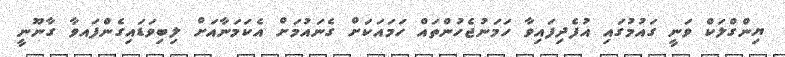
ޔިންގްލަކް ވަނީ ގައުމުގައި އުފެދިފައިވާ ހަމަނުޖެހުންތައް ހަމައަކަށް ގެނައުމަށް އެކަމަނާއަށް ލިބިވަޑައިގެންފައވާ ގާނޫނީ